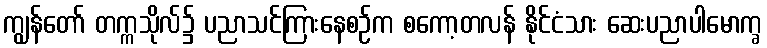
ကျွန်တော် တက္ကသိုလ်၌ ပညာသင်ကြားနေစဉ်က စကော့တလန် နိုင်ငံသား ဆေးပညာပါမောက္ခ